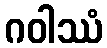
ဂဝါဿံ